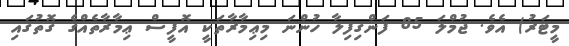
މީޓަރު) އެވެ. ޖުމްލަ 85 ފަންގިފިލާ ހުންނަ މިޢިމާރާތަކީ އޮފީސް ޢިމާރާތެއްގެ ގޮތުގައި